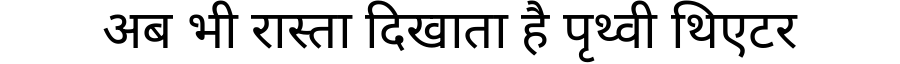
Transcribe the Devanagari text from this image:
अब भी रास्ता दिखाता है पृथ्वी थिएटर